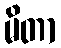
မိတာ